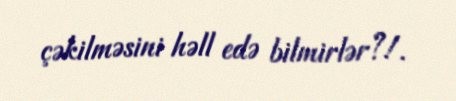
çəkilməsini həll edə bilmirlər?!.